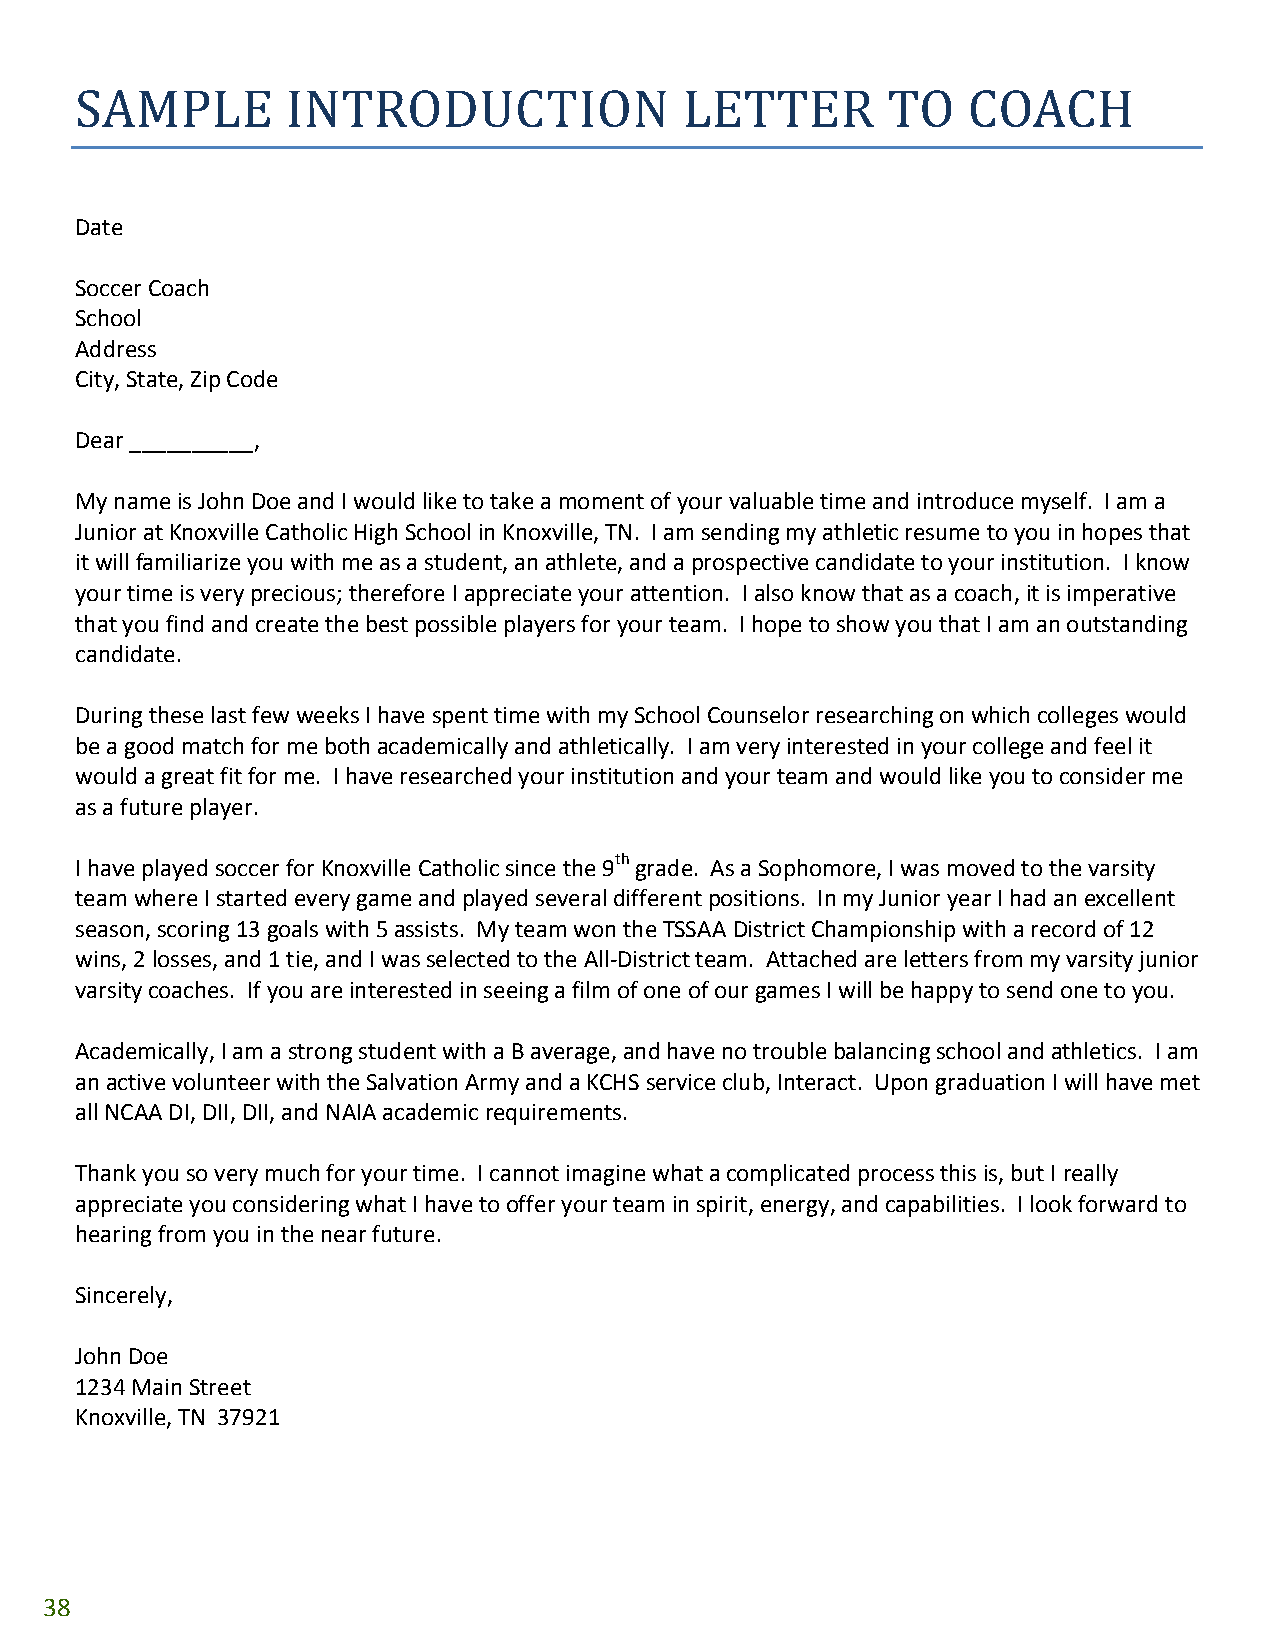
SAMPLE        INTRODUCTION              LETTER        TO   COACH
 Date
 Soccer Coach
 School
 Address
 City, State, Zip Code
 Dear __________,
 My name is John Doe and I would like to take a moment of your valuable time and introduce myself. I am a
 Junior at Knoxville Catholic High School in Knoxville, TN. I am sending my athletic resume to you in hopes that
 it will familiarize you with me as a student, an athlete, and a prospective candidate to your institution. I know
 your time is very precious; therefore I appreciate your attention. I also know that as a coach, it is imperative
 that you find and create the best possible players for your team. I hope to show you that I am an outstanding
 candidate.
 During these last few weeks I have spent time with my School Counselor researching on which colleges would
 be a good match for me both academically and athletically. I am very interested in your college and feel it
 would a great fit for me. I have researched your institution and your team and would like you to consider me
 as a future player.
 I have played soccer for Knoxville Catholic since the 9th grade. As a Sophomore, I was moved to the varsity
 team where I started every game and played several different positions. In my Junior year I had an excellent
 season, scoring 13 goals with 5 assists. My team won the TSSAA District Championship with a record of 12
 wins, 2 losses, and 1 tie, and I was selected to the All‐District team. Attached are letters from my varsity junior
 varsity coaches. If you are interested in seeing a film of one of our games I will be happy to send one to you.
 Academically, I am a strong student with a B average, and have no trouble balancing school and athletics. I am
 an active volunteer with the Salvation Army and a KCHS service club, Interact. Upon graduation I will have met
 all NCAA DI, DII, DII, and NAIA academic requirements.
 Thank you so very much for your time. I cannot imagine what a complicated process this is, but I really
 appreciate you considering what I have to offer your team in spirit, energy, and capabilities. I look forward to
 hearing from you in the near future.
 Sincerely,
 John Doe
 1234 Main Street
 Knoxville, TN 37921
 38